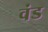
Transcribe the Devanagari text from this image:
वंड